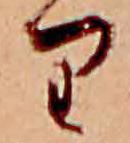
り